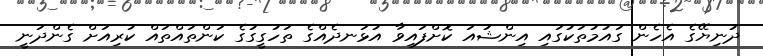
ދުނިޔޭގެ އެހެން ގައުމުތަކުގައި އިންޝުއަ ކޮށްފައިވާ އުޅަނދެއްގެ ތަހުގީގުގެ ކަންތައްތައް ކުރިއަށް ގެންދަނީ